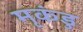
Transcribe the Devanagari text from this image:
मृकंडु